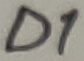
Text: D1